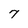
Character: 7